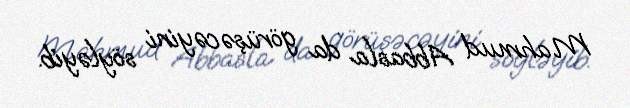
Mahmud Abbasla da görüşəcəyini söyləyib.